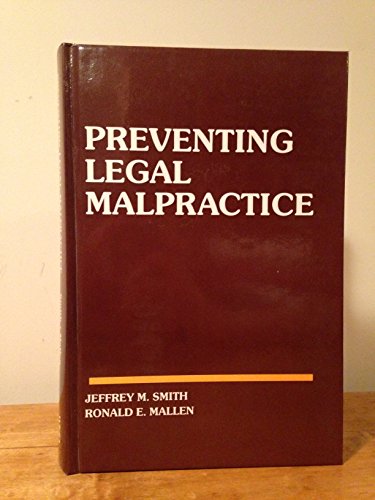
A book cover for Preventing Legal Malpractice; Jeffrey M. Smith; Law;